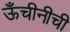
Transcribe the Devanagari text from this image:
ऊँचीनीची